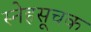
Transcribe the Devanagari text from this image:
स्नेहसूचक